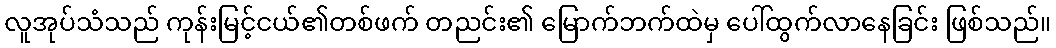
လူအုပ်သံသည် ကုန်းမြင့်ငယ်၏တစ်ဖက် တညင်း၏ မြောက်ဘက်ထဲမှ ပေါ်ထွက်လာနေခြင်း ဖြစ်သည်။